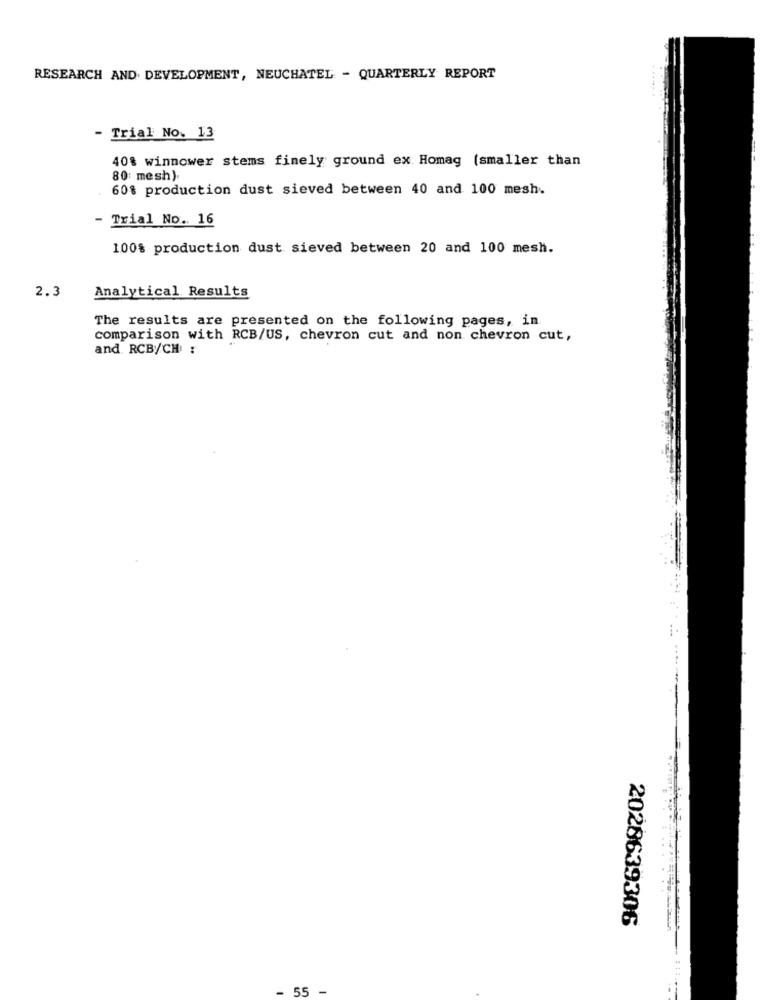
RESEARCH AND DEVELOPMENT, NEUCHATEL - QUARTERLY REPORT
- Trial No. 13
40% winnower stems finely ground ex Homag (smaller than
80: mesh).
60% production dust sieved between 40 and 100 mesh.
- Trial No .. 16
100% production dust sieved between 20 and 100 mesh.
2.3
Analytical Results
The results are presented on the following pages, in
comparison with RCB/US, chevron cut and non chevron cut,
and. RCB/CH :
2028639306
- 55
-